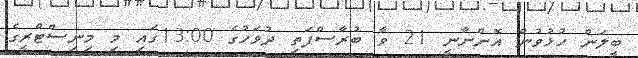
ބީލަން ހުޅުވުން އޮންނާނީ 21 ވާ ބުރާސްފަތި ދުވަހުގެ 13:00ގައި މި މިނިސްޓްރީގެ